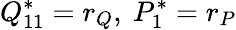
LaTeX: Q_{11}^{*}=r_{Q},\ P_{1}^{*}=r_{P}